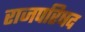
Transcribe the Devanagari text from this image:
राजपरिषद